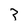
Character: 3